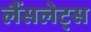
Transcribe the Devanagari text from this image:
लैंसलेट्स